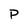
Character: P